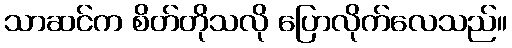
သာဆင်က စိတ်တိုသလို ပြောလိုက်လေသည်။